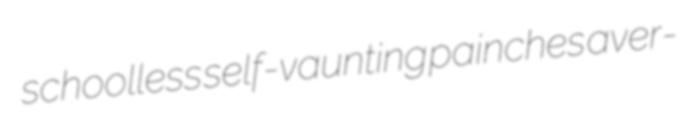
schoolless self-vaunting painches aver-